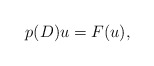
\begin{align*} p(D)u=F(u),\end{align*}